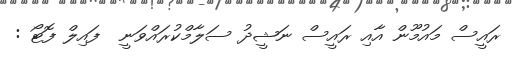
ރައީސް މައުމޫން އާއި ރައީސް ނަޝީދު ސަލާމްކުރައްވަނީ  ފައިލް ފޮޓޯ :